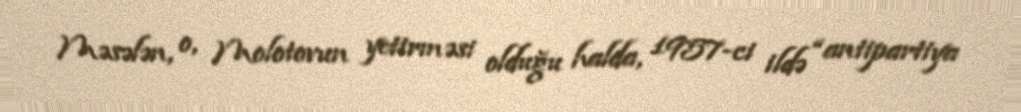
Məsələn, o, Molotovun yetirməsi olduğu halda, 1957-ci ildə “antipartiya